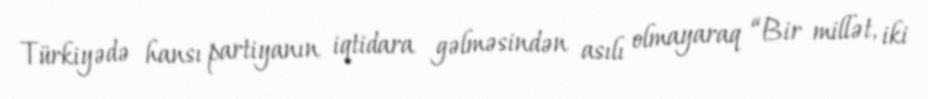
Türkiyədə hansı partiyanın iqtidara gəlməsindən asılı olmayaraq “Bir millət, iki